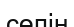
сөлін